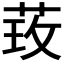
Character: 𮶦